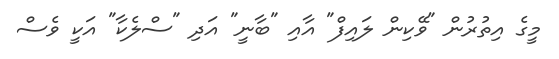
މީގެ އިތުރުން "ވޭކިން ލައިފް" އާއި "ބާނީ" އަދި "ސްލެކާ" އަކީ ވެސް